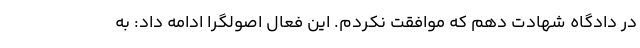
در دادگاه شهادت دهم که موافقت نکردم. این فعال اصولگرا ادامه داد: به